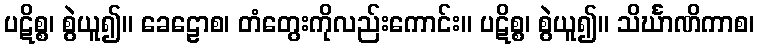
ပဋိစ္စ၊ စွဲယူ၍။ ခေဠောစ၊ တံတွေးကိုလည်းကောင်း။ ပဋိစ္စ၊ စွဲယူ၍။ သိင်္ဃာဏိကာစ၊